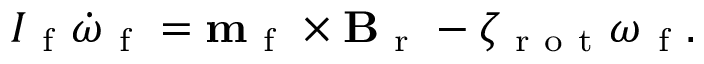
\begin{array} { r } { I _ { \mathrm { ~ f ~ } } \boldsymbol { \dot { \omega } } _ { \mathrm { ~ f ~ } } = \mathbf { m } _ { \mathrm { ~ f ~ } } \times \mathbf { B } _ { \mathrm { ~ r ~ } } - \zeta _ { \mathrm { ~ r ~ o ~ t ~ } } \boldsymbol { \omega } _ { \mathrm { ~ f ~ } } . } \end{array}